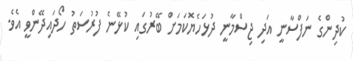
ކުދިންގެ ނަފްސާނީ އަދި ޖިސްމާނީ ދުޅަހެޔޮކަމަށް ބޭރުގައި ކުޅޭނެ ފުރުސަތު ހޯދައިދޭންވީ އެވެ.